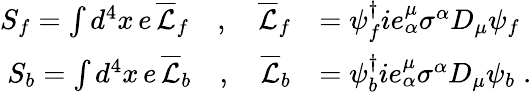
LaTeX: \begin{array}{rl}{S_{f}=\int d^{4}x\, e\, \overline{{\mathcal{L}}}_{f}\quad,\quad\overline{{\mathcal{L}}}_{f}}&{=\psi_{f}^{\dagger}ie_{\alpha}^{\mu}\sigma^{\alpha}D_{\mu}\psi_{f}}\\ {S_{b}=\int d^{4}x\, e\, \overline{{\mathcal{L}}}_{b}\quad,\quad\overline{{\mathcal{L}}}_{b}}&{=\psi_{b}^{\dagger}ie_{\alpha}^{\mu}\sigma^{\alpha}D_{\mu}\psi_{b}\; .}\end{array}